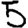
Digit: 5